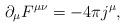
LaTeX: \begin{align*}\partial_\mu F^{\mu\nu} =-4 \pi j^\mu,\end{align*}